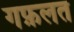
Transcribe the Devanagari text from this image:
गफ़लत